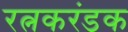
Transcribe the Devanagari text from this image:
रत्नकरंडक